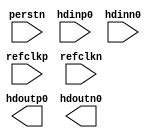
module pcie_x1_bfm_tb (perstn, refclkp, refclkn, hdinp0, hdinn0, hdoutp0, hdoutn0);

input wire perstn, refclkp, refclkn, hdinp0, hdinn0;
output wire hdoutp0, hdoutn0;





endmodule